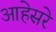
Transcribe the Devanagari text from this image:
आहेसरे